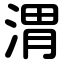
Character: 渭